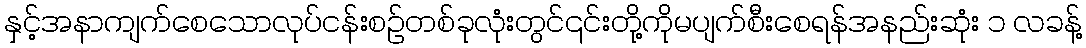
နှင့်အနာကျက်စေသောလုပ်ငန်းစဉ်တစ်ခုလုံးတွင်၎င်းတို့ကိုမပျက်စီးစေရန်အနည်းဆုံး ၁ လခန့်